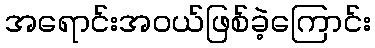
အရောင်းအဝယ်ဖြစ်ခဲ့ကြောင်း